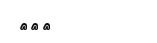
١٤٤